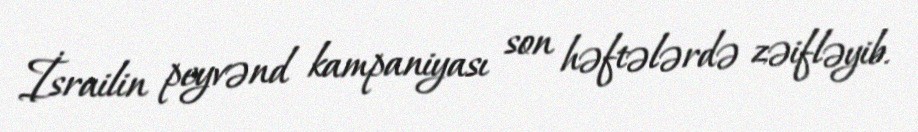
İsrailin peyvənd kampaniyası son həftələrdə zəifləyib.